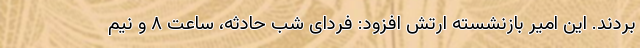
بردند. این امیر بازنشسته ارتش افزود: فردای شب حادثه، ساعت ۸ و نیم